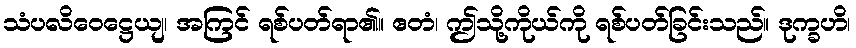
သံပလိဝေဋ္ဌေယျ၊ အကြင် ရစ်ပတ်ရာ၏။ ဧတံ၊ ဤသို့ကိုယ်ကို ရစ်ပတ်ခြင်းသည်။ ဒုက္ခဟိ၊